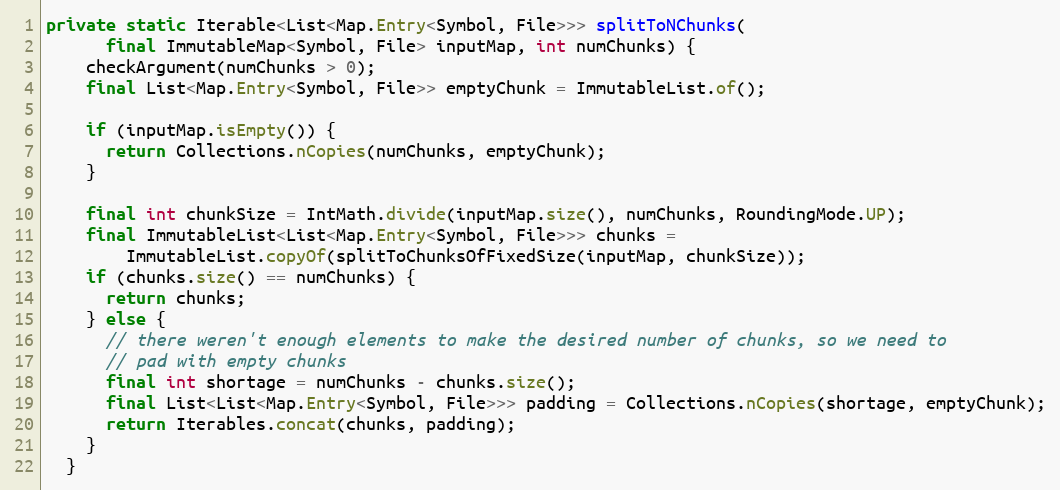
Language: Java
private static Iterable<List<Map.Entry<Symbol, File>>> splitToNChunks(
      final ImmutableMap<Symbol, File> inputMap, int numChunks) {
    checkArgument(numChunks > 0);
    final List<Map.Entry<Symbol, File>> emptyChunk = ImmutableList.of();

    if (inputMap.isEmpty()) {
      return Collections.nCopies(numChunks, emptyChunk);
    }

    final int chunkSize = IntMath.divide(inputMap.size(), numChunks, RoundingMode.UP);
    final ImmutableList<List<Map.Entry<Symbol, File>>> chunks =
        ImmutableList.copyOf(splitToChunksOfFixedSize(inputMap, chunkSize));
    if (chunks.size() == numChunks) {
      return chunks;
    } else {
      // there weren't enough elements to make the desired number of chunks, so we need to
      // pad with empty chunks
      final int shortage = numChunks - chunks.size();
      final List<List<Map.Entry<Symbol, File>>> padding = Collections.nCopies(shortage, emptyChunk);
      return Iterables.concat(chunks, padding);
    }
  }